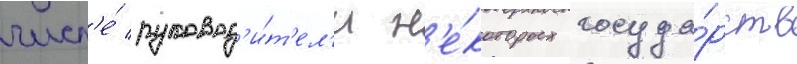
числ'е́ руковод'и́т'ел'и н'е́которых госуда́рств